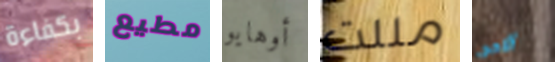
بكفاءة مطيع أوهايو مللت الامم